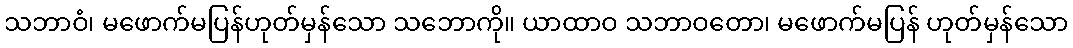
သဘာဝံ၊ မဖောက်မပြန်ဟုတ်မှန်သော သဘောကို။ ယာထာဝ သဘာဝတော၊ မဖောက်မပြန် ဟုတ်မှန်သော